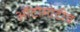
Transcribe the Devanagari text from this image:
ऑटोमोटीव